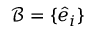
\mathcal { B } = \{ \hat { e } _ { i } \}